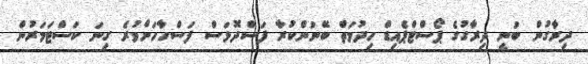
ދިރާގުން ބުނީ ދިރާގުގެ ޕޯސްޓްޕެއިޑް ހިދުމަތް ބޭނުންކުރާ ފަސްދޮޅަސް ފަސްހާހަށްވުރެ ގިނަ ކަސްޓަމަރުން